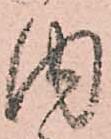
内